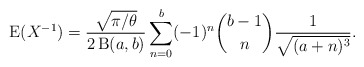
\begin{align*}\operatorname{E}(X^{-1})=\frac{\sqrt{\pi/\theta}}{2\operatorname{B}(a,b)}\sum_{n=0}^b (-1)^n\binom{b-1}{n}\frac{1}{\sqrt{(a+n)^3}}.\end{align*}